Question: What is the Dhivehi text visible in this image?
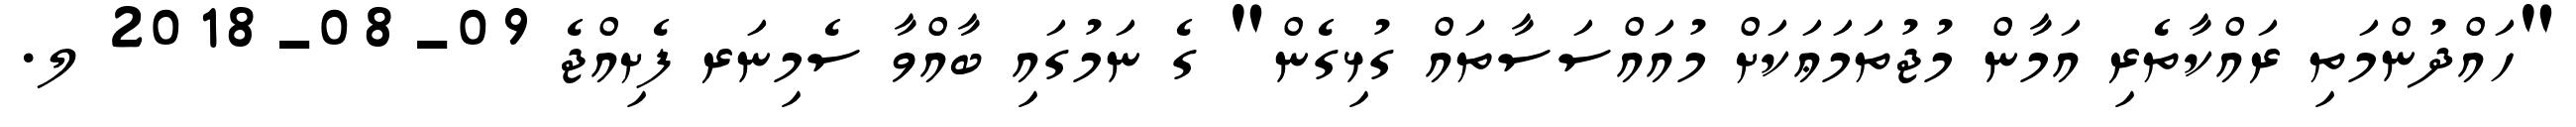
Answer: "ހައްދުންމަތި ރައްކާތެރި އަމާން މުޖުތަމަޢަކަށް މުއައްސަސާތައް ގުޅިގެން" ގެ ނަމުގައި ބާއްވާ ސެމިނަރ ފެށިއްޖެ 09-08-2018 ލ.